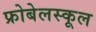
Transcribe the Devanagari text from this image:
फ्रोबेलस्कूल